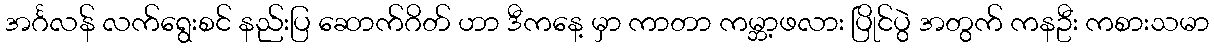
အင်္ဂလန် လက်ရွေးစင် နည်းပြ ဆောက်ဂိတ် ဟာ ဒီကနေ့ မှာ ကာတာ ကမ္ဘာ့ဖလား ပြိုင်ပွဲ အတွက် ကနဦး ကစားသမာ